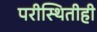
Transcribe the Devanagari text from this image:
परीस्थितीही